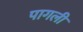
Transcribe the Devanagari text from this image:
पागली